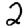
Digit: 2